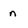
Character: n